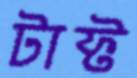
টাফ্ট